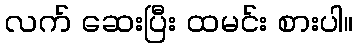
လက် ဆေးပြီး ထမင်း စားပါ။